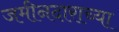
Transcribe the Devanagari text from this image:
जमीनदाराच्या